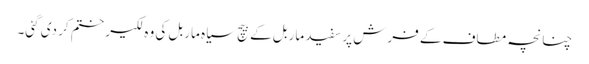
چنانچہ مطاف کے فرش پر سفید ماربل کے بیچ سیاہ ماربل کی وہ لکیر ختم کر دی گئی۔